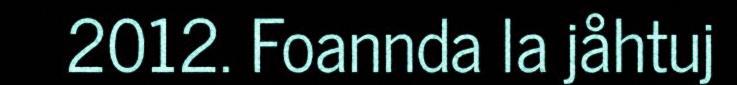
2012. Foannda la jåhtuj